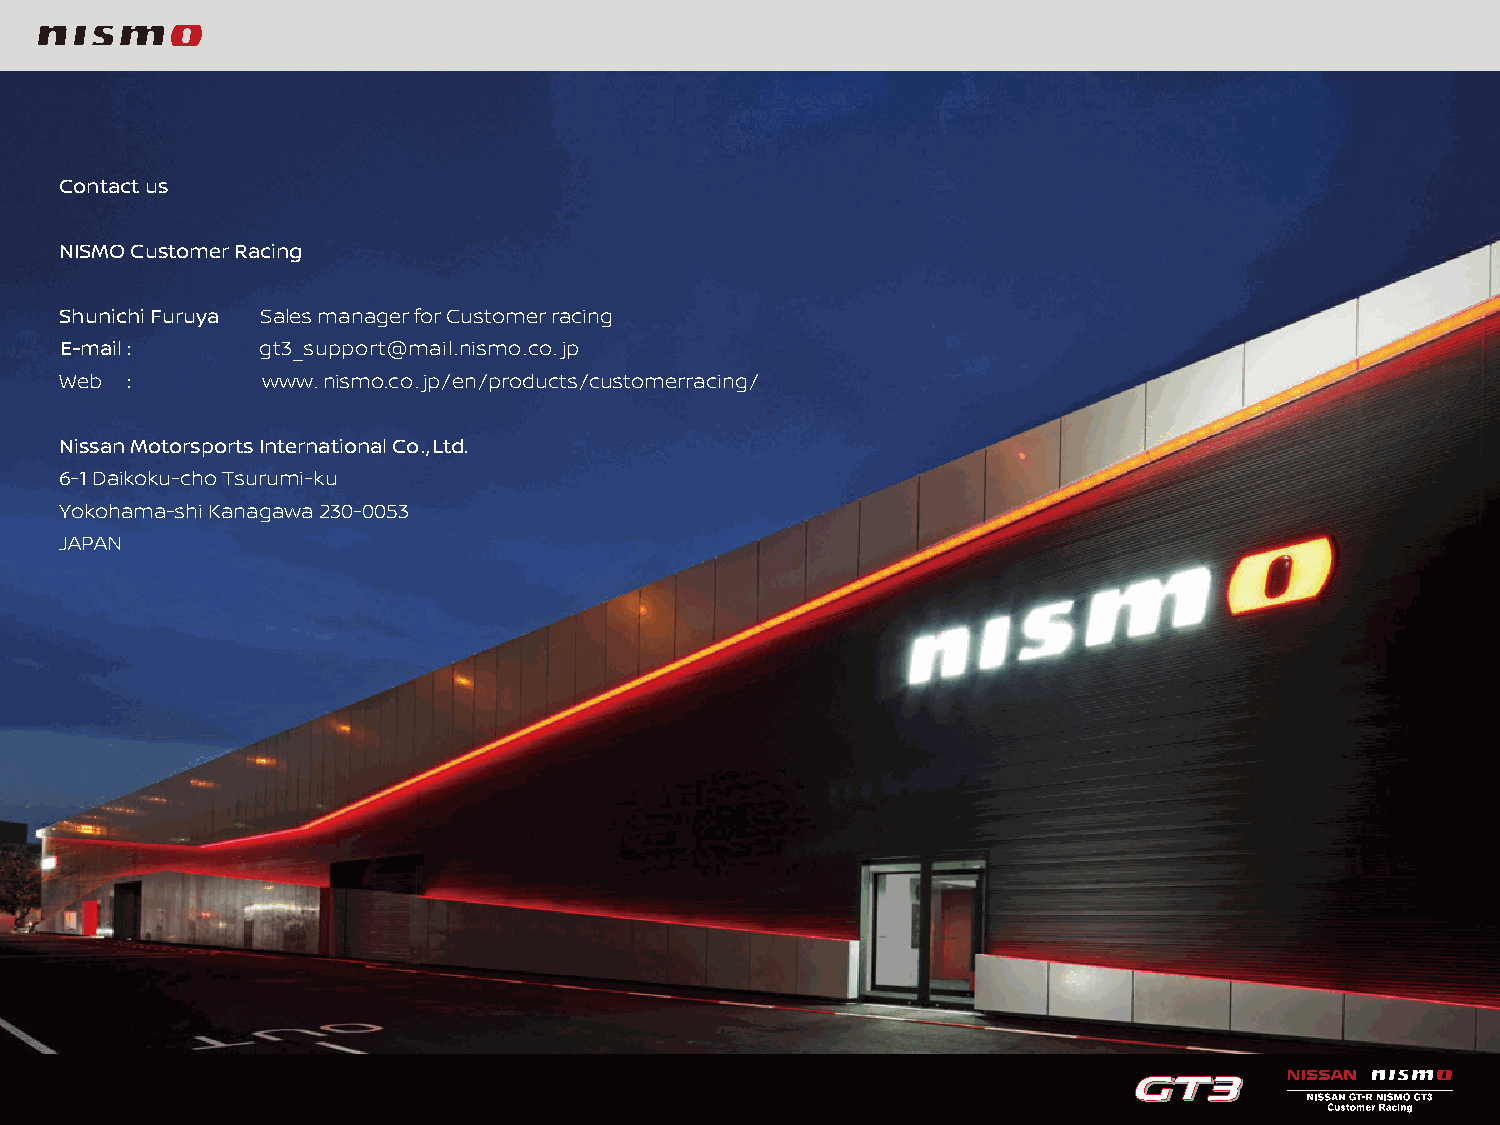
Contact us
 NISMO Customer Racing
 Shunichi Furuya Sales manager for Customer racing
 E-mail :     gt3_support@mail.nismo.co.jp
 Web :        www.nismo.co.jp/en/products/customerracing/
 Nissan Motorsports International Co.,Ltd.
 6-1 Daikoku-cho Tsurumi-ku
 Yokohama-shi Kanagawa 230-0053
 JAPAN